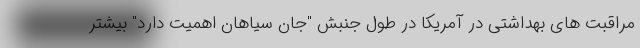
مراقبت های بهداشتی در آمریکا در طول جنبش "جان سیاهان اهمیت دارد" بیشتر